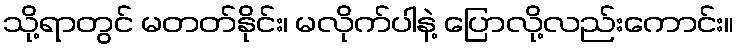
သို့ရာတွင် မတတ်နိုင်း၊ မလိုက်ပါနဲ့ ပြောလို့လည်းကောင်း။